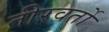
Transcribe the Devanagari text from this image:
तीरवर्तो